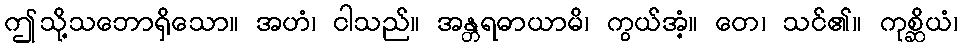
ဤသို့သဘောရှိသော။ အဟံ၊ ငါသည်။ အန္တရဓာယာမိ၊ ကွယ်အံ့။ တေ၊ သင်၏။ ကုစ္ဆိယံ၊